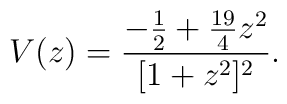
V(z) = \frac{-\frac{1}{2} +\frac{19}{4}z^2}{[1+z^2]^2}.